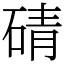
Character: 碃